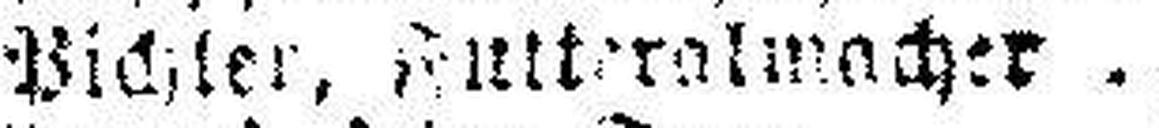
Pichler, ###tteralmacher